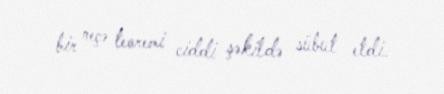
bir neçə teoremi ciddi şəkildə sübut etdi.